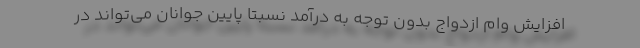
افزایش وام ازدواج بدون توجه به درآمد نسبتا پایین جوانان می‌تواند در